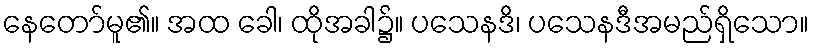
နေတော်မူ၏။ အထ ခေါ၊ ထိုအခါ၌။ ပသေနဒိ၊ ပသေနဒီအမည်ရှိသော။